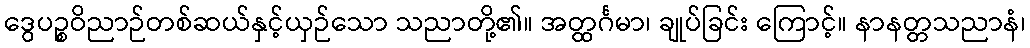
ဒွေပဉ္စဝိညာဉ်တစ်ဆယ်နှင့်ယှဉ်သော သညာတို့၏။ အတ္ထင်္ဂမာ၊ ချုပ်ခြင်း ကြောင့်။ နာနတ္တသညာနံ၊